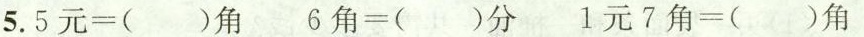
5.$$5 元 = （ ） 角$$ $$6 角 = （ ） 分$$ $$1 元 7 角 = （ ） 角$$